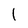
Character: l